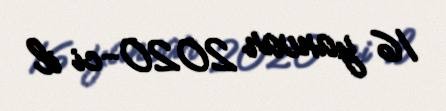
16 yanvar 2020-ci il